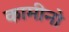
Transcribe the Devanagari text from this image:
कामीनो